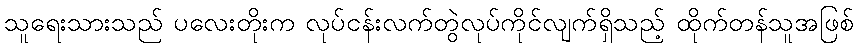
သူရေးသားသည် ပလေးတိုးက လုပ်ငန်းလက်တွဲလုပ်ကိုင်လျက်ရှိသည့် ထိုက်တန်သူအဖြစ်